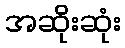
အဆိုးဆုံး